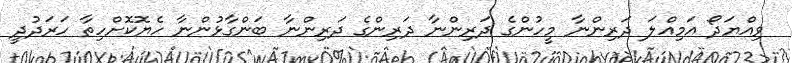
ވިއްޔަދޯ އަމިއްލަ ދަރިންނާ މީހުންގެ ދަރިންނާ ދަރިންގެ ދަރިންނާ ބަންގާޅުންނާ ހެޔޮކޮށްހިތާ ހަރަދުދީ